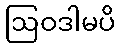
ဩဝဒါမပိ